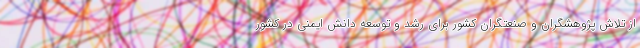
از تلاش پژوهشگران و صنعتگران کشور برای رشد و توسعه دانش ایمنی در کشور